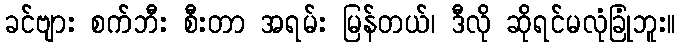
ခင်ဗျား စက်ဘီး စီးတာ အရမ်း မြန်တယ်၊ ဒီလို ဆိုရင်မလုံခြုံဘူး။